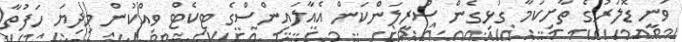
ވަނީ ޑޮލަރުގެ ތާށިކަމާ ގުޅިގެން ސްރީލަންކަން އެއާލައިންސްގެ ޓިކެޓް ވިއްކުން މިދިޔަ ހަފުތާ